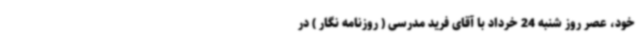
خود، عصر روز شنبه 24 خرداد با آقای فرید مدرسی ( روزنامه نگار ) در